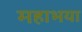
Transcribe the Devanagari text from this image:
महाभया